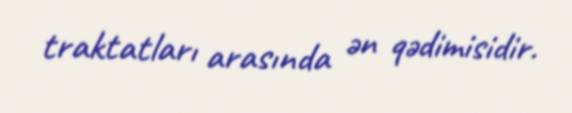
traktatları arasında ən qədimisidir.